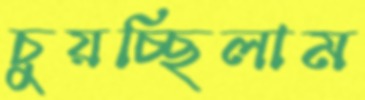
চুয়চ্ছিলাম